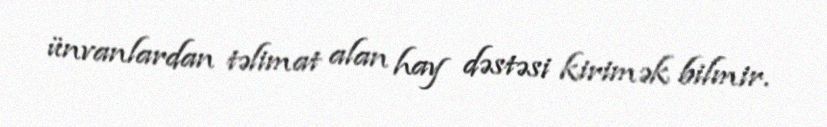
ünvanlardan təlimat alan hay dəstəsi kirimək bilmir.